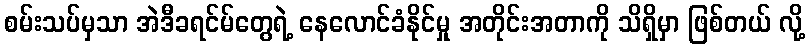
စမ်းသပ်မှသာ အဲဒီခရင်မ်တွေရဲ့ နေလောင်ခံနိုင်မှု အတိုင်းအတာကို သိရှိမှာ ဖြစ်တယ် လို့